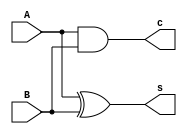
module hfd(output s,c, input A,B);
  xor(s,A,B);
  and(c,A,B);
endmodule